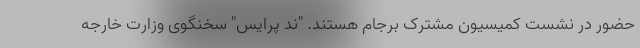
حضور در نشست کمیسیون مشترک برجام هستند. "ند پرایس" سخنگوی وزارت خارجه